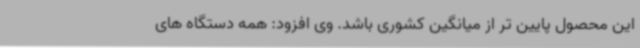
این محصول پایین تر از میانگین کشوری باشد. وی افزود: همه دستگاه های